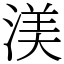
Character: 渼